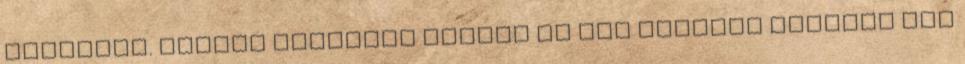
jajgatni. Mindet elhajtam valami jó kis kőfejtő táborba ott